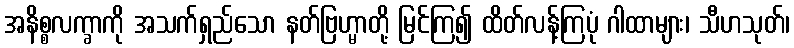
အနိစ္စလက္ခာကို အသက်ရှည်သော နတ်ဗြဟ္မာတို့ မြင်ကြ၍ ထိတ်လန့်ကြပုံ ဂါထာများ၊ သီဟသုတ်၊